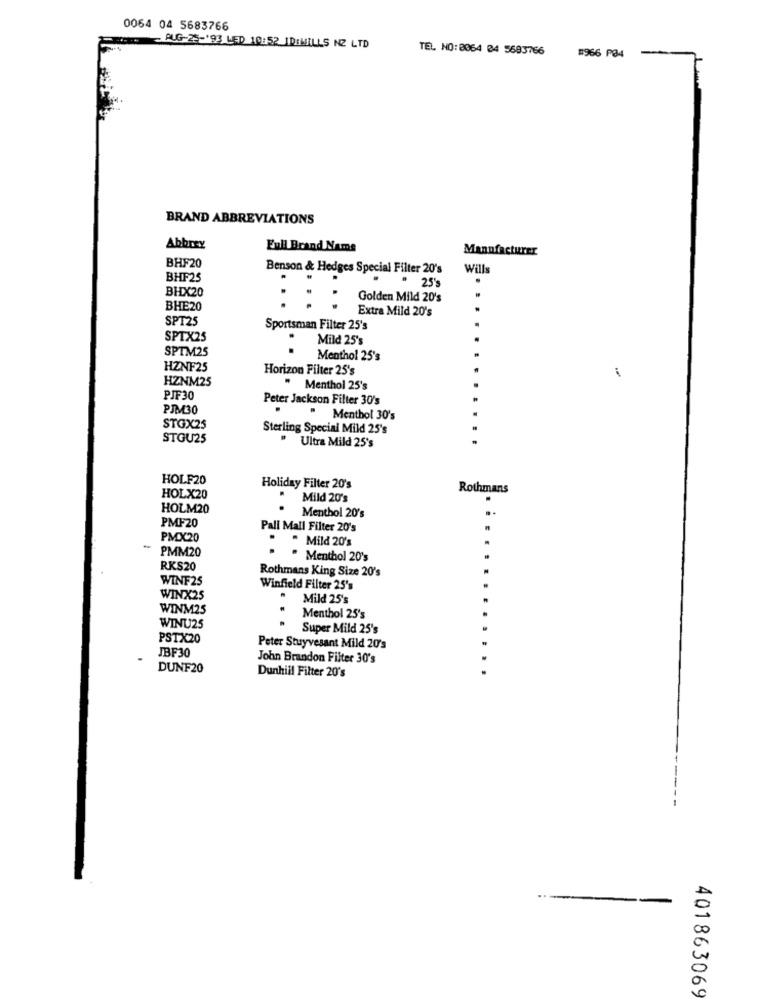
0064 04 5683766
AUG-25-193 LED 10:52 ID: WILLS NZ LTD
TEL NO: 0064 04 5693766
#966 P34
BRAND ABBREVIATIONS
Abbrex
Full Brand Name
Manufacturer
BHF20
Benson & Hedges Special Filter 20's
Wills
BHF25
.
25's
BHX20
Golden Mild 20's
BHE20
Extra Mild 20's
SPT25
Sportsman Filter 25's
SPTX25
Mild 25's
SPTM25
Menthol 25's
HZNF25
Horizon Filter 25's
HZNM25
" Menthol 25's
PJF30
Peter Jackson Filter 30's
PJM30
Menthol 30's
STGX25
Sterling Special Mild 25's
STOU25
" Ultra Mild 25's
HOLF20
Holiday Filter 20's
Rothmans
HOLX20
Mild 20's
HOLM20
Menthol 20's
PMF20
Pall Mall Filter 20's
PMX20
Mild 20's
PMM20
" Menthol 20's
RKS20
Rothmans King Size 20's
WINF2S
Winfield Filter 25's
WINX25
Mild 25's
WINM25
WINU25
Menthol 25's
.
Super Mild 25's
PSTX20
JBF30
Peter Stuyvesant Mild 20's
John Brandon Filter 30's
DUNF20
Dunhill Filter 20's
401863069